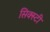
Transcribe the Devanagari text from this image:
सिक्स्टी